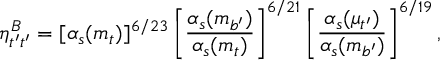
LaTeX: \eta _ { t ^ { \prime } t ^ { \prime } } ^ { B } = [ \alpha _ { s } ( m _ { t } ) ] ^ { 6 / 2 3 } \left[ \frac { \alpha _ { s } ( m _ { b ^ { \prime } } ) } { \alpha _ { s } ( m _ { t } ) } \right] ^ { 6 / 2 1 } \left[ \frac { \alpha _ { s } ( \mu _ { t ^ { \prime } } ) } { \alpha _ { s } ( m _ { b ^ { \prime } } ) } \right] ^ { 6 / 1 9 } ,